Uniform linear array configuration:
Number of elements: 32
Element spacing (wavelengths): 0.5
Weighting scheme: uniform
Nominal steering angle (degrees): -15
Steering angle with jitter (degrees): -15.459
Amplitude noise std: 0.05
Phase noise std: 0.05

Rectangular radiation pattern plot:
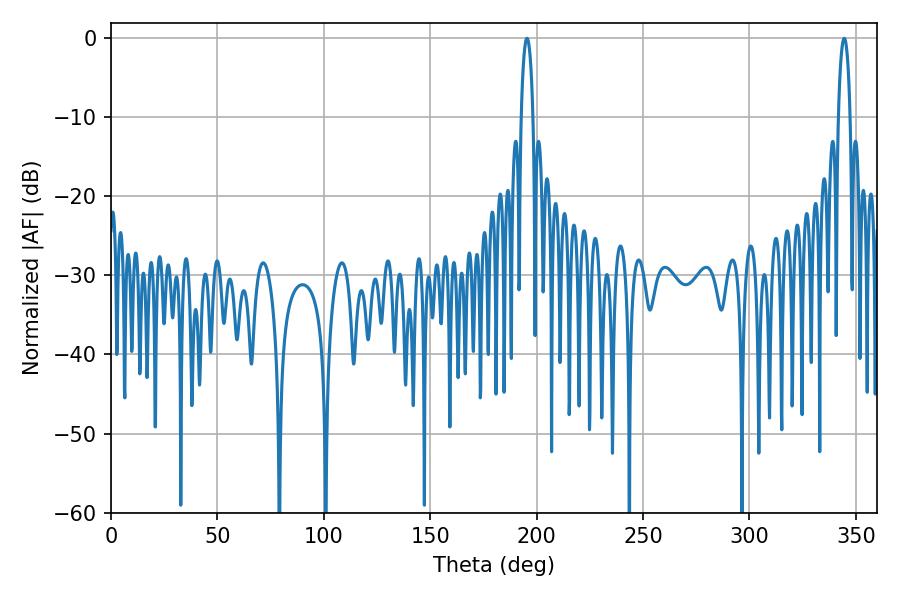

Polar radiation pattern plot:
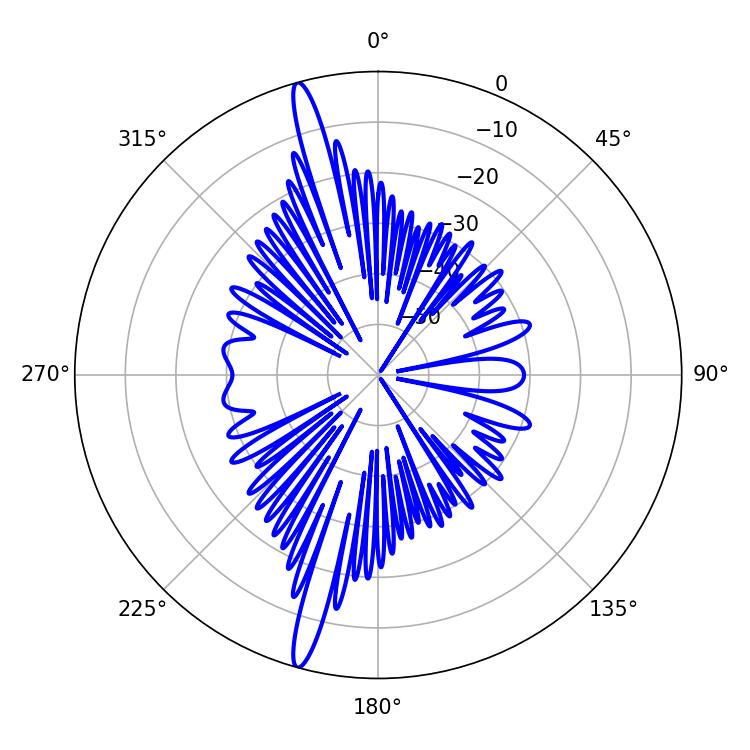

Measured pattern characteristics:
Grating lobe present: FALSE
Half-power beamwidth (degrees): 3.24
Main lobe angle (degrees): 195.48